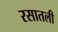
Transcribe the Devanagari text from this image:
रसातली